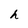
Character: h